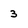
Character: 3